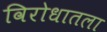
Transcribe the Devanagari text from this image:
विरोधातला